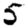
Digit: 5